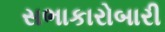
સભાકારોબારી